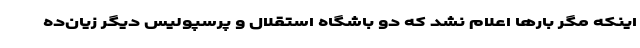
اینکه مگر بارها اعلام نشد که دو باشگاه استقلال و پرسپولیس دیگر زیان‌ده